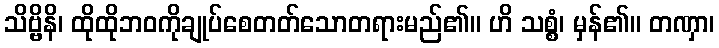
သိဗ္ဗိနိ၊ ထိုထိုဘဝကိုချုပ်စေတတ်သောတရားမည်၏။ ဟိ သစ္စံ၊ မှန်၏။ တဏှာ၊